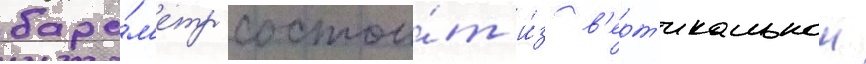
баро́м'етр состои́т и́з в'ерт'икальнои